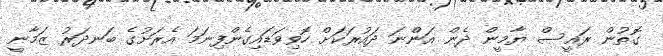
ގޮތުން ރައީސް ޔާމީން ދެން އަންނަ ދައުރަކަށް ހޮވިވަޑައިގެންފިނަމަ އެރަށުގެ ބަނދަރު ޒަމާނީ